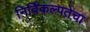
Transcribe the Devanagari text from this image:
निर्विकल्पतेचा